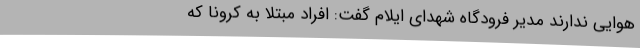
هوایی ندارند مدیر فرودگاه شهدای ایلام گفت: افراد مبتلا به کرونا که